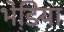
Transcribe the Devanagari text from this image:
भेडि़या